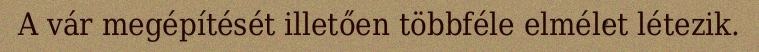
A vár megépítését illetően többféle elmélet létezik.